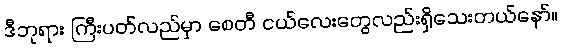
ဒီဘုရား ကြီးပတ်လည်မှာ စေတီ ငယ်လေးတွေလည်းရှိသေးတယ်နော်။